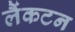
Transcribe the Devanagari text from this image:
लैंकटन